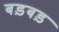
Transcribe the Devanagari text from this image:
बड़बड़